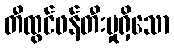
တီထွင်ဖန်တီးမှုရှိသော